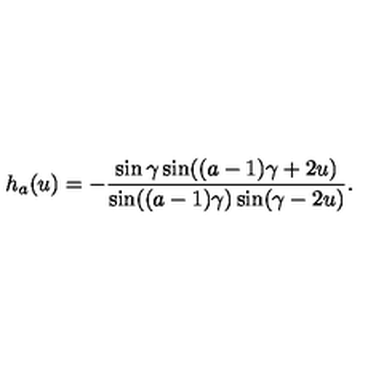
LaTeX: h _ { a } ( u ) = - \frac { \sin \gamma \sin ( ( a - 1 ) \gamma + 2 u ) } { \sin ( ( a - 1 ) \gamma ) \sin ( \gamma - 2 u ) } .